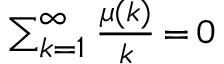
\scriptstyle \sum _ { k = 1 } ^ { \infty } { \frac { \mu ( k ) } { k } } \, = \, 0